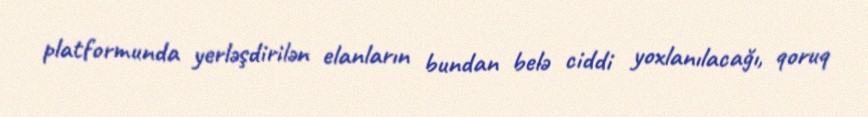
platformunda yerləşdirilən elanların bundan belə ciddi yoxlanılacağı, qoruq